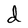
Character: d